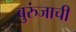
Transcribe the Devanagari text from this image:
बुरुंजाची